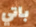
باتي